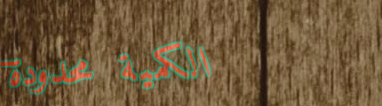
الكمية محدودة